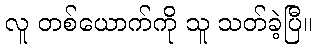
လူ တစ်ယောက်ကို သူ သတ်ခဲ့ပြီ။